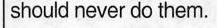
should never do them.